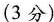
(3分)